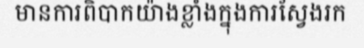
មានការពិបាកយ៉ាងខ្លាំងក្នុងការស្វែងរក